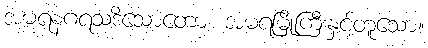
အမရနဂရသဒိသောတော၊ အမရမြို့ကြီးနှင့်တူသော။